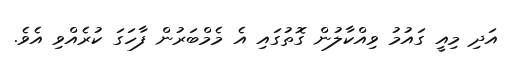
އަދި މިއީ ގައުމު ވިއްކާލުން ގޮތުގައި އެ މެމްބަރުން ފާހަގަ ކުރެއްވި އެވެ.